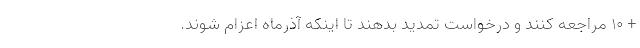
+ ۱۰ مراجعه کنند و درخواست تمدید بدهند تا اینکه آذرماه اعزام شوند.